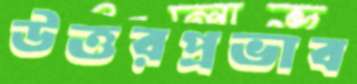
উত্তরপ্রভাব